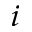
_ i